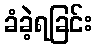
ခံခဲ့ရခြင်း